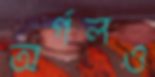
অর্গলও